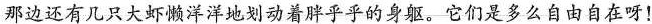
那边还有几只大虾懒洋洋地划动着胖乎乎的身躯。它们是多么自由自在呀！